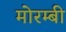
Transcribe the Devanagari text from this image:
मोरम्बी